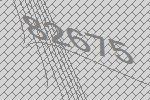
82675